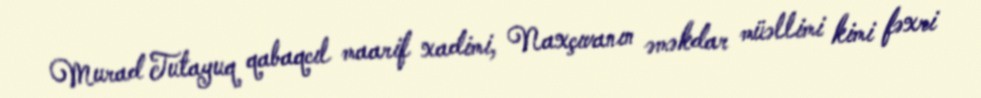
Murad Tutayuq qabaqcıl maarif xadimi, Naxçıvanın əməkdar müəllimi kimi fəxri